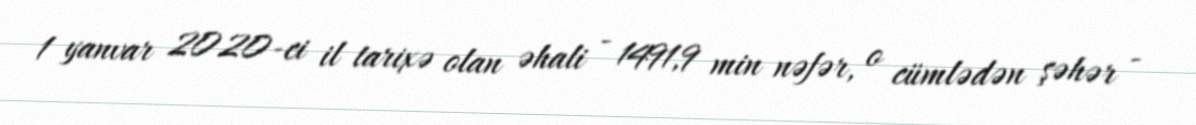
1 yanvar 2020-ci il tarixə olan əhali - 1491,9 min nəfər, o cümlədən şəhər -